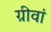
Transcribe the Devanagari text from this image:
ग्रीवां